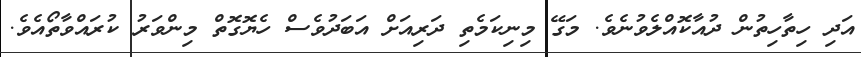
އަދި ހިތާހިތުން ދުއާކޮއްލެވުނެވެ. މަގޭ މިނިކަމެތި ދަރިއަށް އަބަދުވެސް ހެޔޮގޮތް މިންވަރު ކުރައްވާތޯއެވެ.